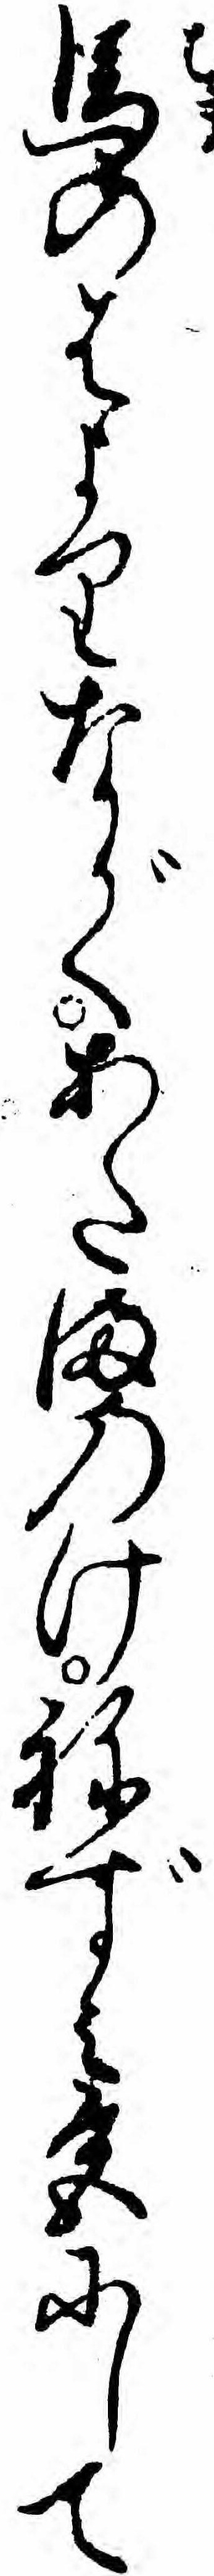
馬のはよりながくあたまのけねずミ色にして